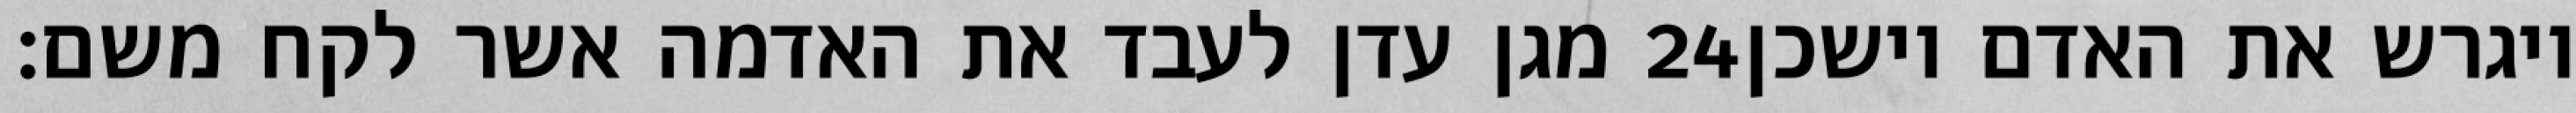
מגן עדן לעבד את האדמה אשר לקח משם׃ ‎24‏ ויגרש את האדם וישכן